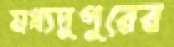
মধ্যদুপুরের